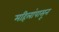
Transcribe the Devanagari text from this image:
महिलांपासून